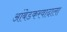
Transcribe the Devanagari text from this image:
आंबेडकरवादाला